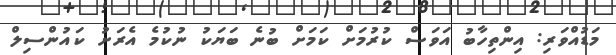
މަޑުއްވަރި: އިންތިހާބު އަވަސް ކުރުމަށް ކަމަށް ބުނެ ބަޔަކު ނުކުމެ އެރަށު ކައުންސިލް